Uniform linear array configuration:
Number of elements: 64
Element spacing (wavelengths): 0.5
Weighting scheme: uniform
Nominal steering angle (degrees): -15
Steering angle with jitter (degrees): -13.224
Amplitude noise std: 0.05
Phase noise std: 0.05

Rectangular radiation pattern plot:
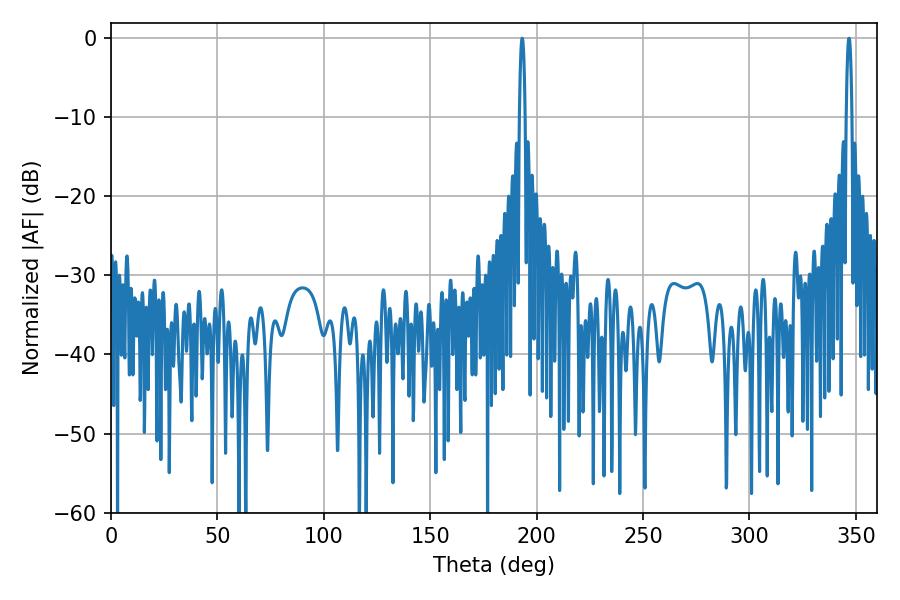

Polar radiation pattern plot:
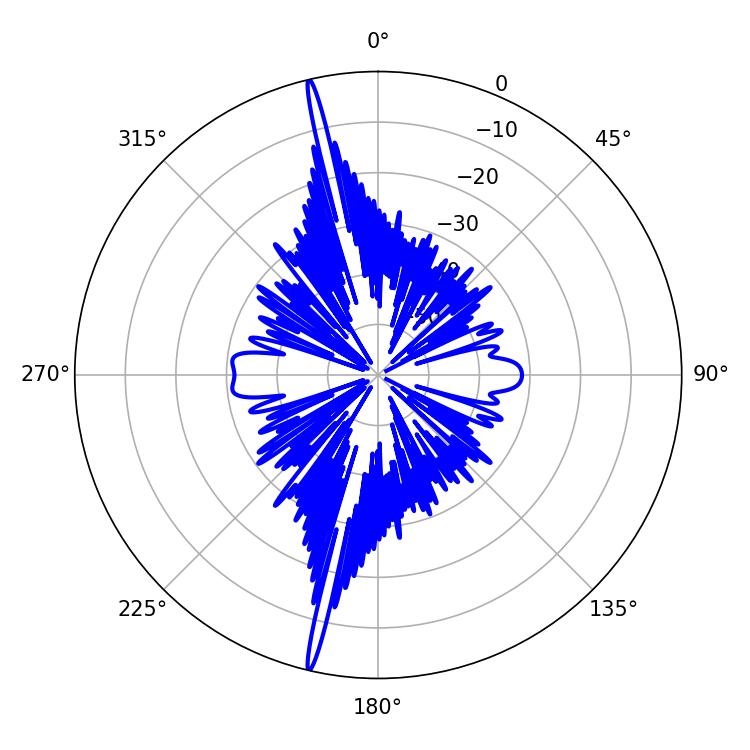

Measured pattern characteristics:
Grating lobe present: FALSE
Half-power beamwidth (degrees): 1.44
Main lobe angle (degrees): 193.14